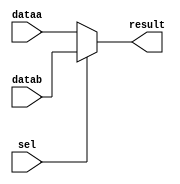
// Copyright (C) 2018  Intel Corporation. All rights reserved.
// Your use of Intel Corporation's design tools, logic functions 
// and other software and tools, and its AMPP partner logic 
// functions, and any output files from any of the foregoing 
// (including device programming or simulation files), and any 
// associated documentation or information are expressly subject 
// to the terms and conditions of the Intel Program License 
// Subscription Agreement, the Intel Quartus Prime License Agreement,
// the Intel FPGA IP License Agreement, or other applicable license
// agreement, including, without limitation, that your use is for
// the sole purpose of programming logic devices manufactured by
// Intel and sold by Intel or its authorized distributors.  Please
// refer to the applicable agreement for further details.

// PROGRAM		"Quartus Prime"
// VERSION		"Version 18.0.0 Build 614 04/24/2018 SJ Lite Edition"
// CREATED		"Fri Nov 01 15:46:01 2019"


module busmux_1b(sel,dataa,datab,result);
input sel;
input 		dataa;
input 		datab;
output 		result;

assign result=sel?datab:dataa;

endmodule